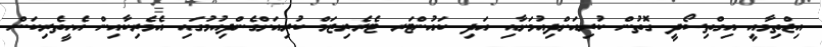
އިޖްތިމާއީ އިގްތިސޯދީ ގޮތުން ކުރިއަށްދިއުމަށާއި އަދި ކައުންޓަރ ޓެރެރިޒަމް ކުރިއަށްގެންދިއުމުގައި އެމެރިކާއިން އެހީތެރިކަން